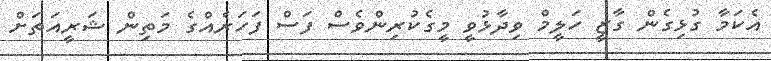
އެކަމާ ގުޅިގެން ގާޒީ ހަލީމް ވިދާޅުވީ މީގެކުރިންވެސް ފަސް ފަހަރެއްގެ މަތިން ޝަރީއަތަށް